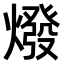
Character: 𤏋